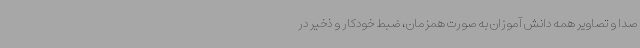
صدا و تصاویر همه دانش آموزان به صورت همزمان، ضبط خودکار و ذخیر در